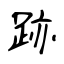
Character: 跡